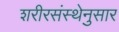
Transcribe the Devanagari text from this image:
शरीरसंस्थेनुसार